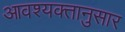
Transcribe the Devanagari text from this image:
आवश्यक्तानुसार